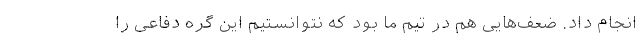
انجام داد. ضعف‌هایی هم در تیم ما بود که نتوانستیم این گره دفاعی را